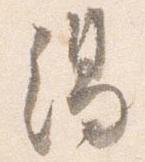
湯